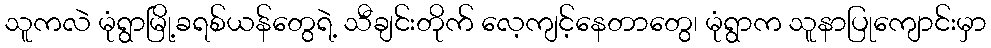
သူကလဲ မုံရွာမြို့ခရစ်ယန်တွေရဲ့ သီချင်းတိုက် လေ့ကျင့်နေတာတွေ၊ မုံရွာက သူနာပြုကျောင်းမှာ